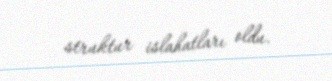
struktur islahatları oldu.